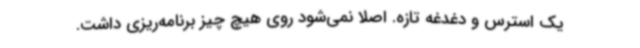
یک استرس و دغدغه تازه. اصلا نمی‌شود روی هیچ‌ چیز برنامه‌ریزی داشت.